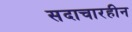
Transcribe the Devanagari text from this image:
सदाचारहीन